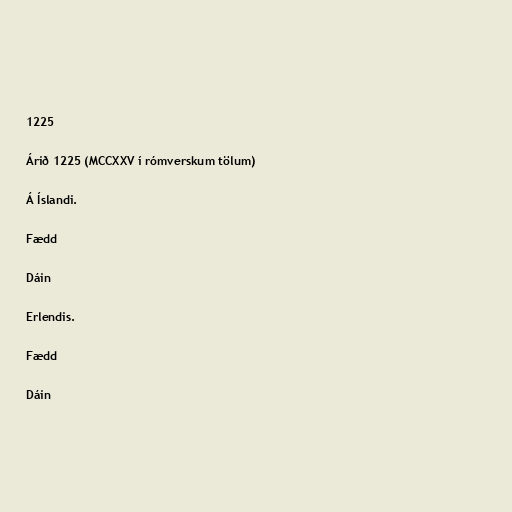
1225

Árið 1225 (MCCXXV í rómverskum tölum)

Á Íslandi.

Fædd

Dáin

Erlendis.

Fædd

Dáin